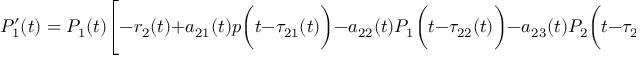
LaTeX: P _ { 1 } ^ { \prime } ( t ) = P _ { 1 } ( t ) { \Biggl [ } - r _ { 2 } ( t ) + a _ { 2 1 } ( t ) p { \biggl ( } t - \tau _ { 2 1 } ( t ) { \biggr ) } - a _ { 2 2 } ( t ) P _ { 1 } { \biggl ( } t - \tau _ { 2 2 } ( t ) { \biggr ) } - a _ { 2 3 } ( t ) P _ { 2 } { \biggl ( } t - \tau _ { 2 3 } ( t ) { \biggr ) } { \Biggr ] }